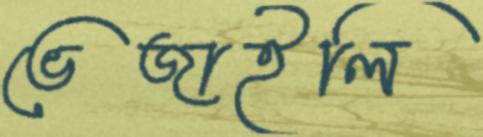
ভেজাইলি